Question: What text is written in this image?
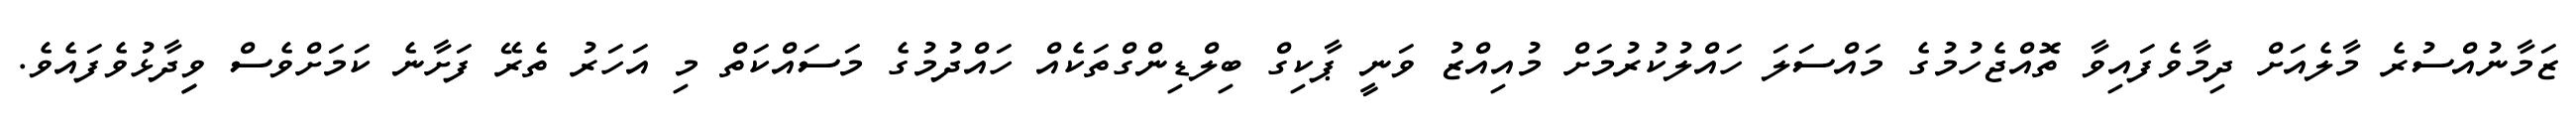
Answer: ޒަމާނުއްސުރެ މާލެއަށް ދިމާވެފައިވާ ތޮއްޖެހުމުގެ މައްސަލަ ހައްލުކުރުމަށް މުއިއްޒު ވަނީ ޕާކިގް ބިލްޑިންގްތަކެއް ހައްދުމުގެ މަސައްކަތް މި އަހަރު ތެރޭ ފަށާނެ ކަމަށްވެސް ވިިދާޅުވެފައެވެ.